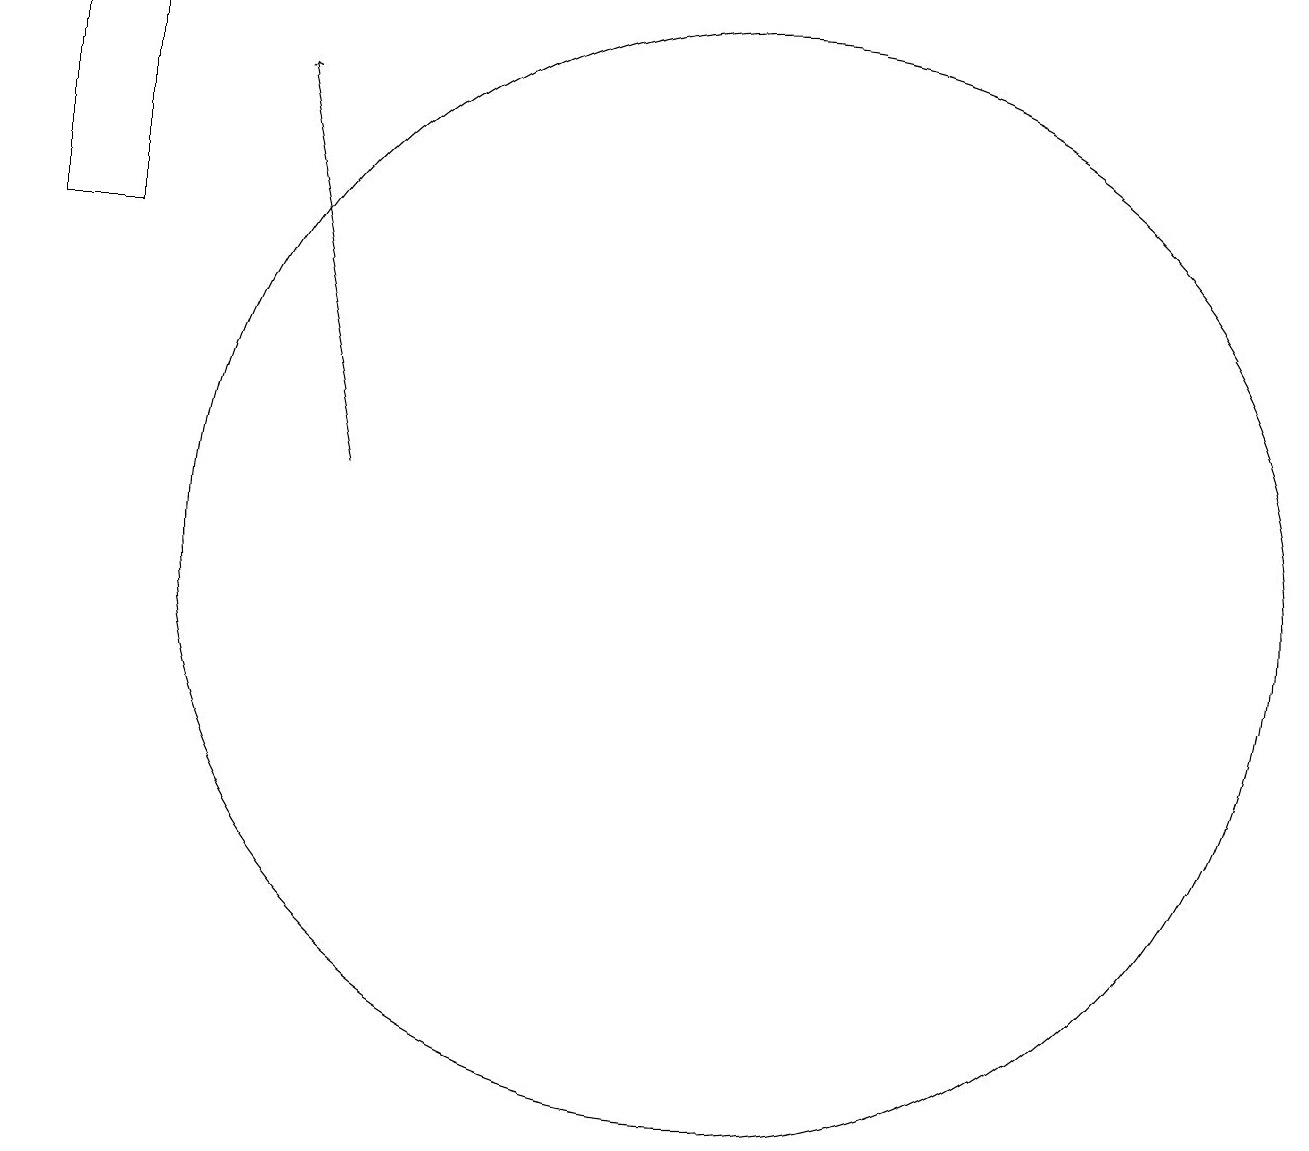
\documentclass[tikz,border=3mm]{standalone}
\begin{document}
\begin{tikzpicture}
\draw (12,11) circle (7);
\draw (4,18) rectangle (3,15);
\draw[->] (7,12) -- (6,17);
\draw (3,18) rectangle (5,18);
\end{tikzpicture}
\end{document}